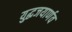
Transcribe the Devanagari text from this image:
युद्धजयार्णव